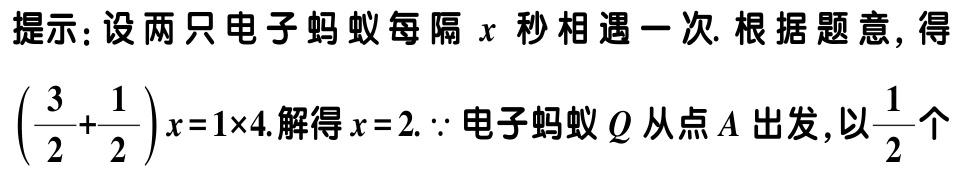
提示：设两只电子蚂蚁每隔\(x\)秒相遇一次. 根据题意, 得\(\left(\frac{3}{2}+\frac{1}{2}\right)x = 1\times4\).解得\(x = 2\). \(\because\)电子蚂蚁\(Q\)从点\(A\)出发,以\(\frac{1}{2}\)个